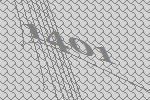
1401